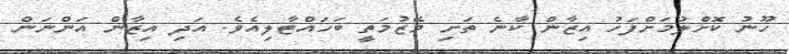
ހޫނު ކޮށްލުމަށްފަހު އިޒާން ކާނެ ތަށި މޭޒުމަތީ ބަހައްޓާލިއެވެ. އަދި އިޒާން އަންނަން